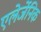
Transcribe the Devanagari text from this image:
एलेर्जेनिक